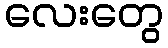
လေးတွေ